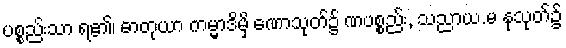
ပစ္စည်းသာ ရ၏၊ ဓာတုယာ ကမ္မာဒိမှိ ဏောသုတ်၌ ဏပစ္စည်း, သညာယ.မ နုသုတ်၌